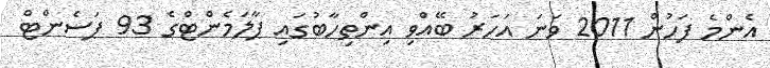
އެންމެ ފަހުން 2011 ވަނަ އަހަރު ބޭއްވި އިންތިހާބުގައި ޕާލަމެންޓްގެ 93 ޕަސެންޓް